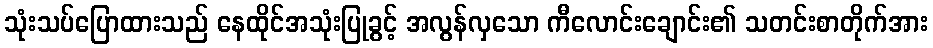
သုံးသပ်ပြောထားသည် နေထိုင်အသုံးပြုခွင့် အလွန်လှသော ကီလောင်းချောင်း၏ သတင်းစာတိုက်အား